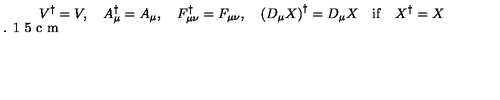
V ^ { \dagger } = V , \quad A _ { \mu } ^ { \dagger } = A _ { \mu } , \quad F _ { \mu \nu } ^ { \dagger } = F _ { \mu \nu } , \quad \left( D _ { \mu } X \right) ^ { \dagger } = D _ { \mu } X \quad \mathrm { i f } \quad X ^ { \dagger } = X \vspace * { - 0 . 1 5 c m }